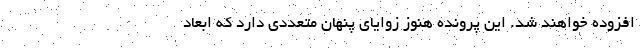
افزوده خواهند شد. این پرونده هنوز زوایای پنهان متعددی دارد که ابعاد